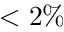
< 2 \%